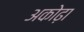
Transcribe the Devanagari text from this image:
अकोढ़ा